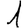
Digit: 1